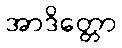
အာဒိတ္တော